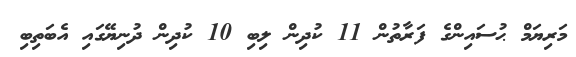
މަރިޔަމް ޙުސައިންގެ ފަރާތުން 11 ކުދިން ލިބި 10 ކުދިން ދުނިޔޭގައި އެބަތިބި